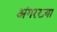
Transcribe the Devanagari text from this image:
अंगरख्या